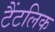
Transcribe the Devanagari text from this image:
टैंटलिक